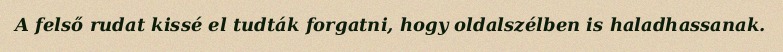
A felső rudat kissé el tudták forgatni, hogy oldalszélben is haladhassanak.